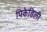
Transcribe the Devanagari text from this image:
पिकेडिली